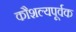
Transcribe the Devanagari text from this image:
कौशल्यपूर्वक